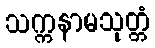
သက္ကနာမသုတ္တံ